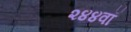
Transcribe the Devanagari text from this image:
२४४वॉ